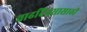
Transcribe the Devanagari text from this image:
वाढदिवसासाठी